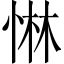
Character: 惏